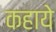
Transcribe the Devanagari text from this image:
कहाये